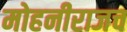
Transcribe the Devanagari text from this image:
मोहनीराजच